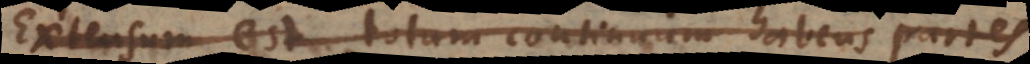
Extensum est totum continuum habens partes